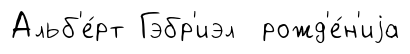
Альб'е́рт Гэбр'иэл рожд'е́н'иjа